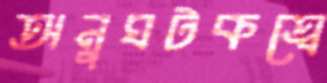
অনুঘটকত্বে